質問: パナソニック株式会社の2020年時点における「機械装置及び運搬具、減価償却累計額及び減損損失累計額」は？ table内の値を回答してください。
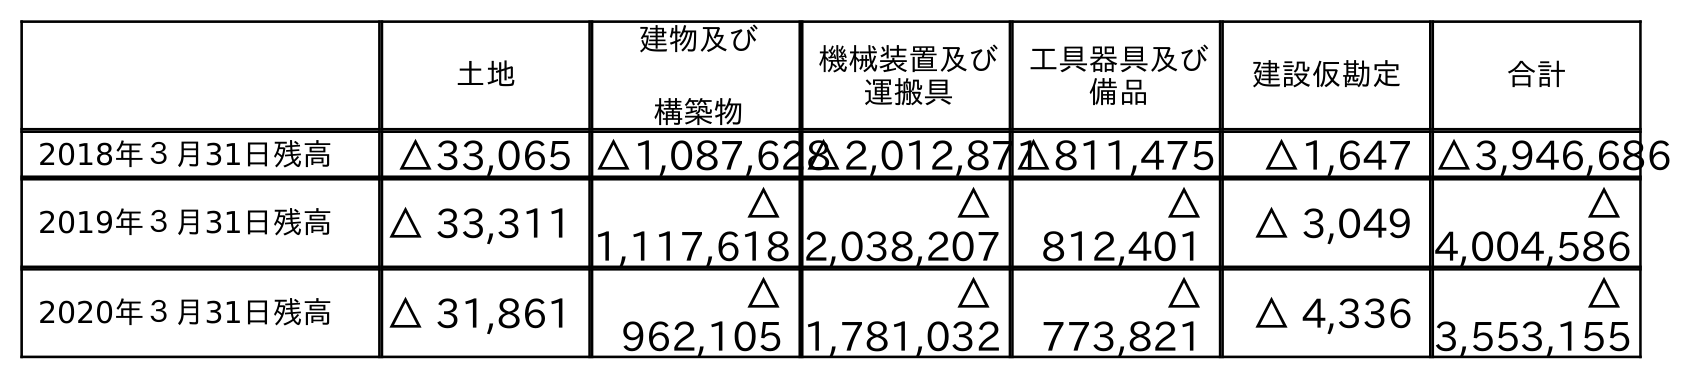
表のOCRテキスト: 土地 建物及び 構築物 機械装置及び 運搬具 工具器具及び 備品 建設仮勘定 合計 2018年３月31日残高 △33,065 △1,087,628△2,012,871△811,475 △1,647 △3,946,686 2019年３月31日残高 △ 33,311 △ 1,117,618 △ 2,038,207 △ 812,401 △ 3,049 △ 4,004,586 2020年３月31日残高 △ 31,861 △ 962,105 △ 1,781,032 △ 773,821 △ 4,336 △ 3,553,155
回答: △1,781,032